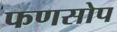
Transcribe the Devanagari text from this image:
फणसोप